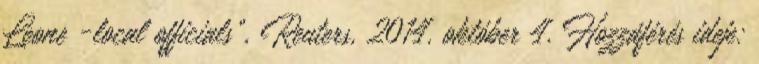
Leone -local officials”, Reuters, 2014. október 4. Hozzáférés ideje: